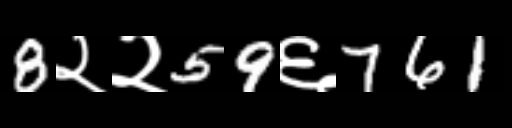
Text: 8२२59६761